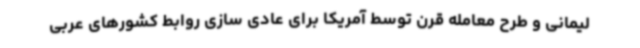
لیمانی و طرح معامله قرن توسط آمریکا برای عادی سازی روابط کشورهای عربی